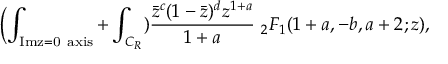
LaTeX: \biggl ( \int _ { \mathrm { I m z = 0 \ a x i s } } + \int _ { C _ { R } } ) { \frac { { \bar { z } } ^ { c } ( 1 - { \bar { z } } ) ^ { d } z ^ { 1 + a } } { 1 + a } } \ _ { 2 } F _ { 1 } ( 1 + a , - b , a + 2 ; z ) ,